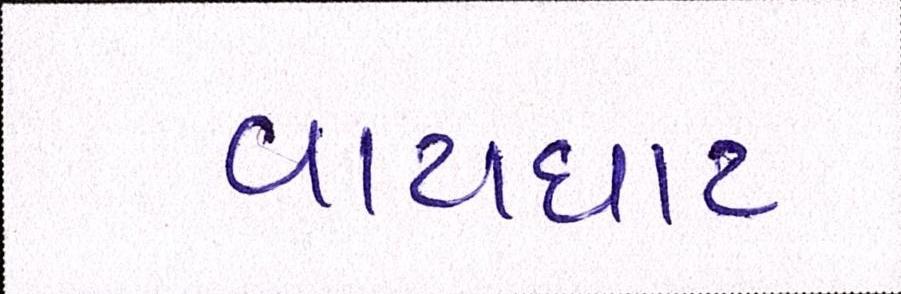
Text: વાટાઘાટ